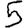
Digit: 5